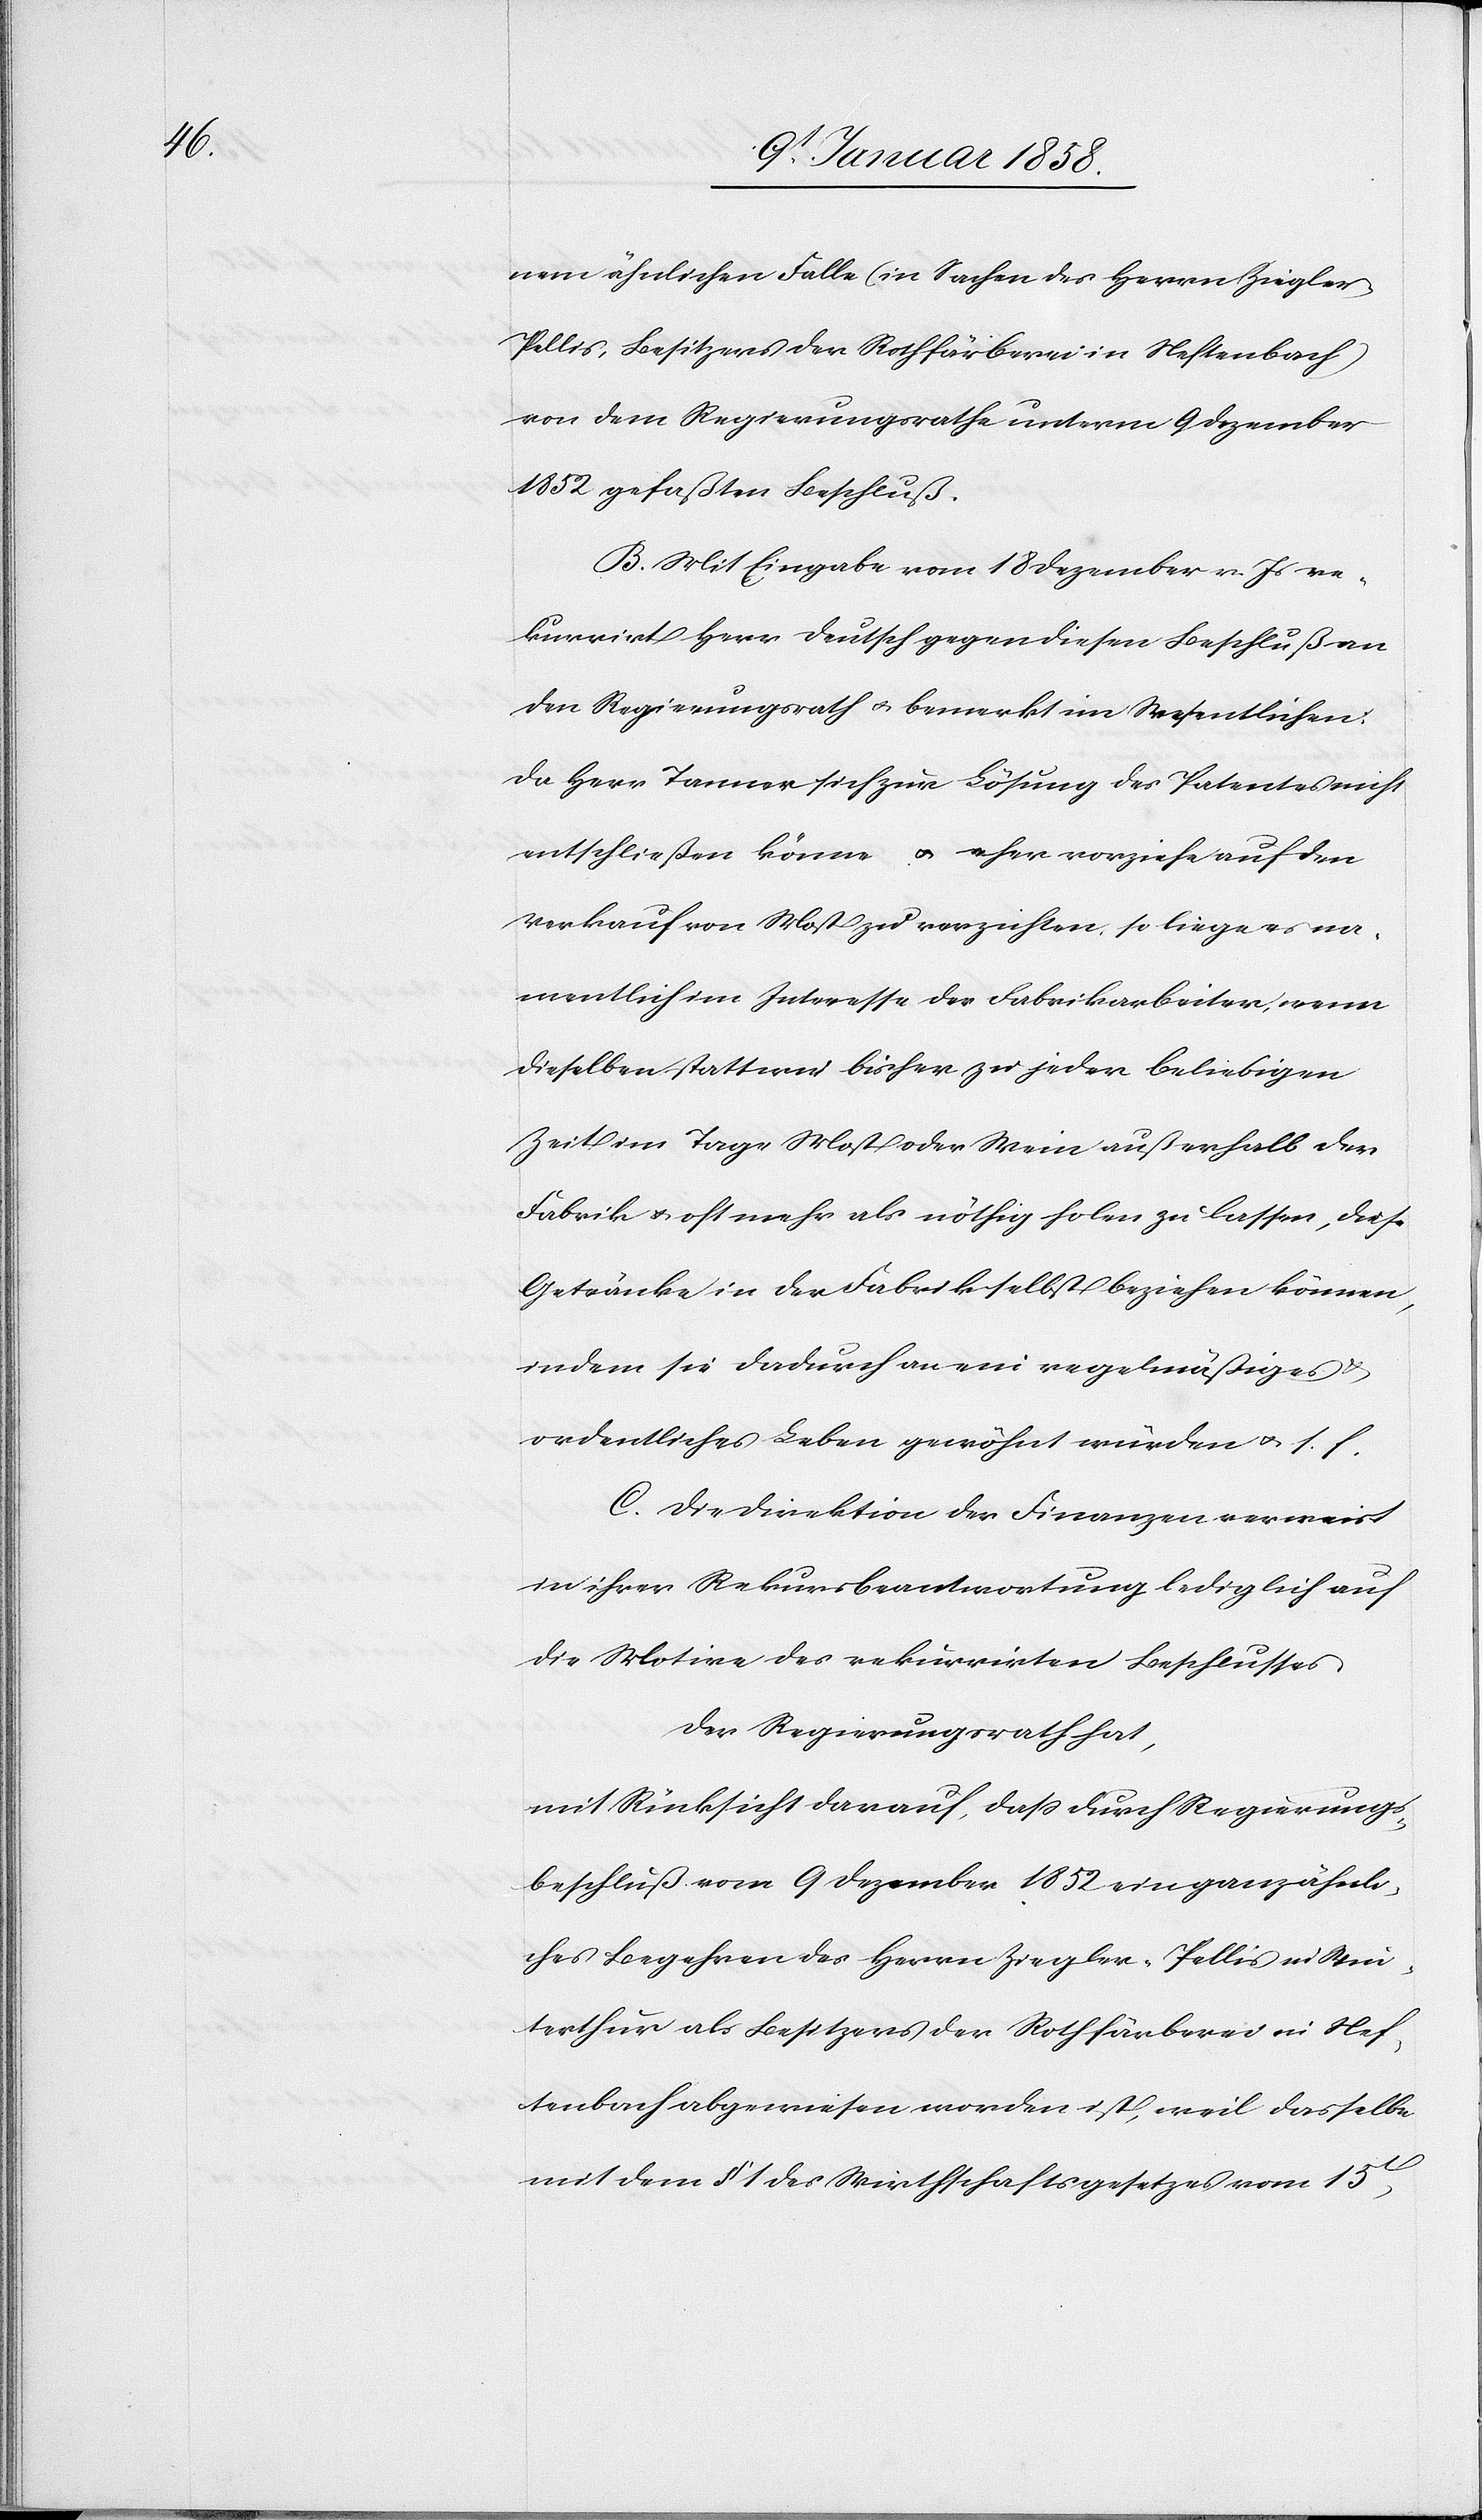
nem ähnlichen Falle (in Sachen des Herrn Ziegler-P¬
ellis, Besitzers der Rothfärberi in Neftenbach)
von dem Regierungsrathe unterm 9 Dezember
1852 gefaßten Beschluß.
B. Mit Eingabe vom 18 Dezember v. Js re¬
kurrirt Herr Deutsch gegen diese Beschluß an
den Regierungsrath u. bemerkt im Wesentlichen:
Da Herr Tanner sich zur Lösung des Patentes nicht
entschließen könne u. eher vorziehe auf den
Verkauf von Most zu verzichten, so liege es na¬
mentlich im Interesse der Fabrikarbeiter, wenn
dieselben statt wie bisher zu jeder beliebigen
Zeit im Tage Most oder Wein außerhalb der
Fabrik u. oft mehr als nöthig holen zu lassen, diese
Getränke in der Fabrik selbst beziehen können,
indem sie dadurch an ein regelmässiges
ordentliches Leben gewöhnt würden u. s. f.
C. Die Direktion der Finanzen verweist
in ihrer Rekursbeantwortung lediglich auf
die Motive des rekurrirten Beschlusses.
Der Regierungsrath hat,
mit Rücksicht darauf, daß durch Regierungs¬
beschluß vom 9 Dezember 1852 ein ganz ähnli¬
ches Begehren des Herrn Ziegler-Pellis in Win¬
terthur als Besitzers der Rothfärberei in Nef¬
tenbach abgewiesen worden ist, weil dasselbe
mit dem § 1 des Wirthschaftgesetzes vom 15t